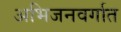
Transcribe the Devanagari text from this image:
अभिजनवर्गात